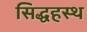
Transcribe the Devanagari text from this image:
सिद्धहस्थ